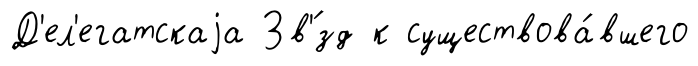
Д'ел'егатскаjа Зв'́зд к существова́вшего